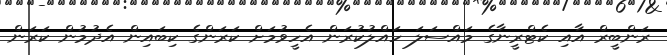
ރަންބީރް އާއި ކެޓްރީނާގެ މައްސަލަ ހައްލުކުރަން އެހީވުމަށް ކަރަންގެ ކިބައިން އެދުމުން ކަރަން